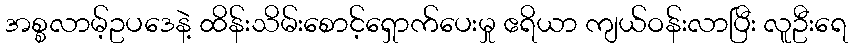
အစ္စလာမ့်ဥပဒေနဲ့ ထိန်းသိမ်းစောင့်ရှောက်ပေးမှု ဧရိယာ ကျယ်ဝန်းလာပြီး လူဦးရေ